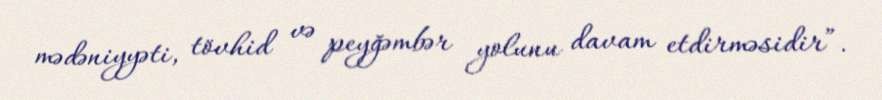
mədəniyyəti, tövhid və peyğəmbər yolunu davam etdirməsidir”.